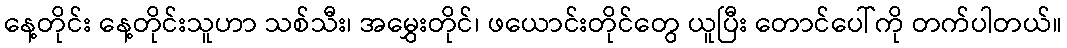
နေ့တိုင်း နေ့တိုင်းသူဟာ သစ်သီး၊ အမွှေးတိုင်၊ ဖယောင်းတိုင်တွေ ယူပြီး တောင်ပေါ်ကို တက်ပါတယ်။